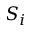
S _ { i }